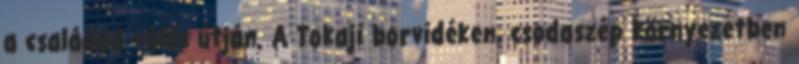
a családdá válás útján. A Tokaji borvidéken, csodaszép környezetben